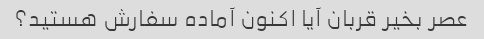
عصر بخیر قربان آیا اکنون آماده سفارش هستید؟